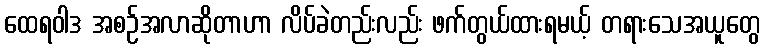
ထေရဝါဒ အစဉ်အလာဆိုတာဟာ လိပ်ခဲတည်းလည်း ဖက်တွယ်ထားရမယ့် တရားသေအယူတွေ